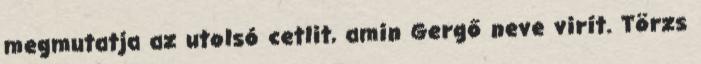
megmutatja az utolsó cetlit, amin Gergő neve virít. Törzs